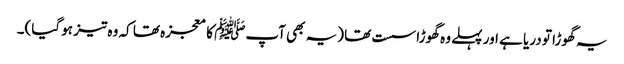
یہ گھوڑا تو دریا ہے اور پہلے وہ گھوڑا سست تھا (یہ بھی آپﷺ کا معجزہ تھا کہ وہ تیز ہو گیا)۔